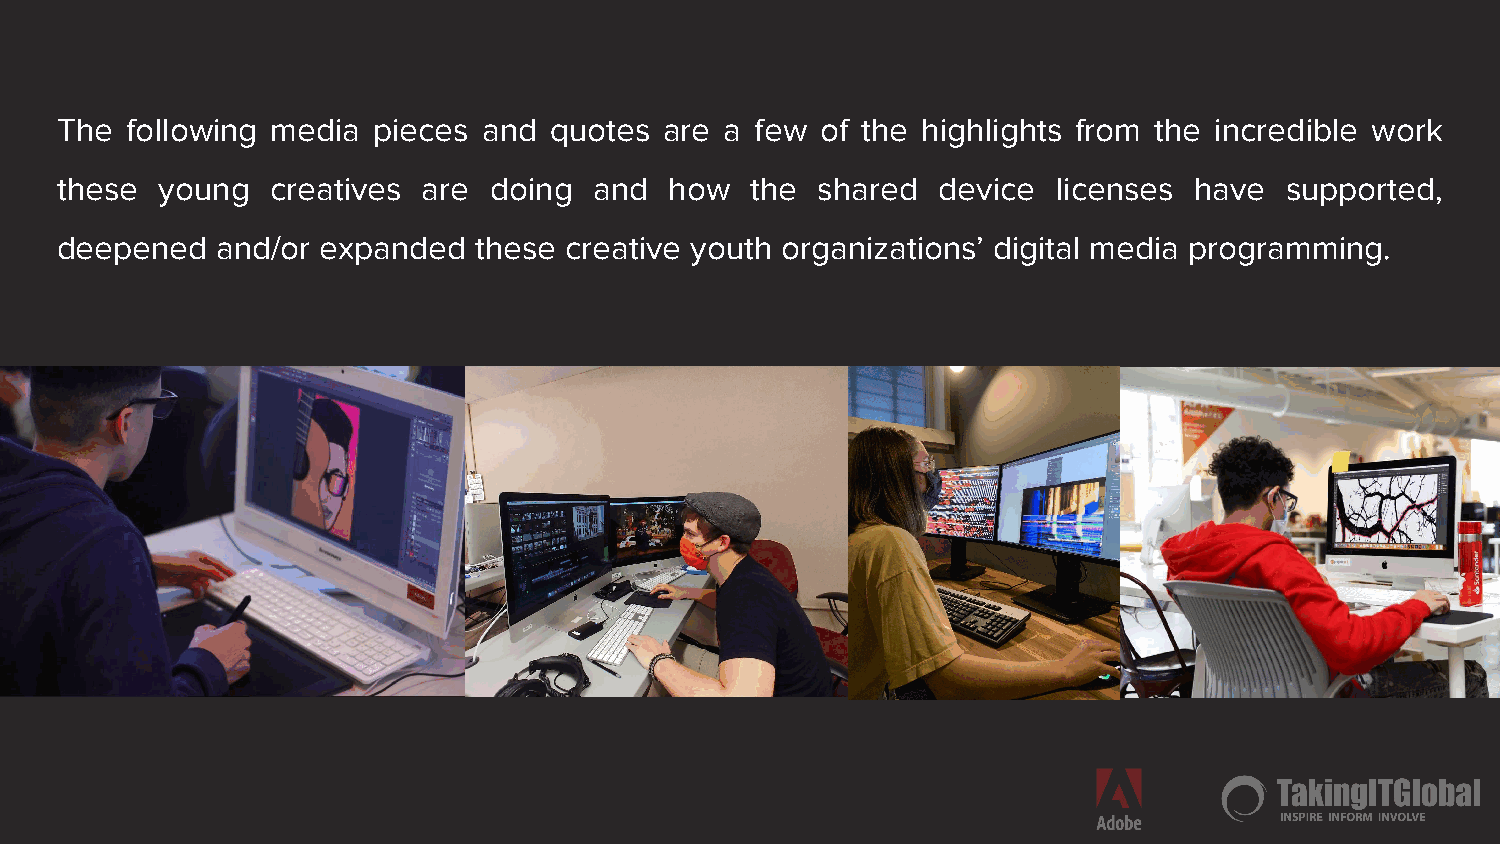
The following media  pieces and quotes  are a few of the highlights from the incredible work
 these young   creatives are doing  and  how   the shared  device  licenses have  supported,
 deepened  and/or expanded  these creative youth organizations’ digital media programming.